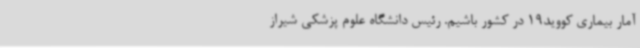
آمار بیماری کووید19 در کشور باشیم. رئیس دانشگاه علوم پزشکی شیراز